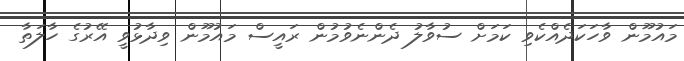
މައުމޫން ވާހަކަދެއްކެވި ކަމަށް ސުވާލު ދެންނެވުމުން ރައީސް މައުމޫން ވިދާޅުވީ އޭރުގެ ހާލަތާ